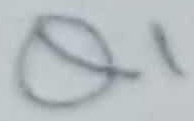
Text: Q1